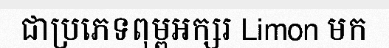
ជាប្រភេទពុម្ពអក្សរ Limon មក